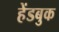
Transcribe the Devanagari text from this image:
हेंडबुक